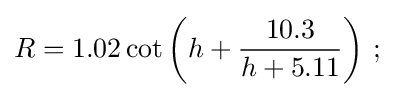
R=1.02\cot \left(h+{\frac {10.3}{h+5.11}}\right)\,;